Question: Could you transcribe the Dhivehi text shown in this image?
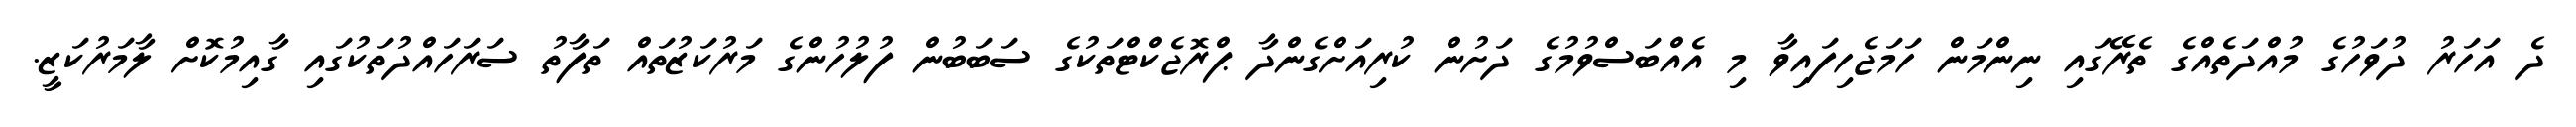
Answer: ދެ އަހަރު ދުވަހުގެ މުއްދަތެއްގެ ތެރޭގައި ނިންމަން ހަމަޖެހިފައިވާ މި އެއްބަސްވުމުގެ ދަށުން ކުރިއަށްގެންދާ ޕްރޮޖެކްޓްތަކުގެ ސަބަބުން ފުލުހުންގެ މަރުކަޒުތައް ތަފާތު ސަރަހައްދުތަކުގައި ގާއިމުކޮށް ލާމަރުކަޒީ.